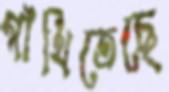
গাঁথিতেছে